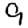
Digit: 9